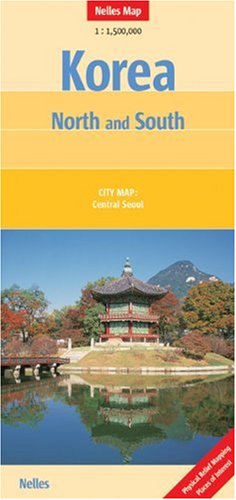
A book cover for Korea, North and South Nelles map; Nelles Verlag; Travel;